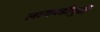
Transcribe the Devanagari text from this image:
लागवडीपुर्वी